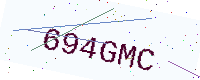
Text: 694GMC